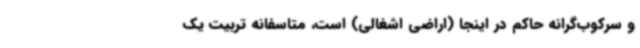
و سرکوب‌گرانه حاکم در اینجا (اراضی اشغالی) است، متاسفانه تربیت یک